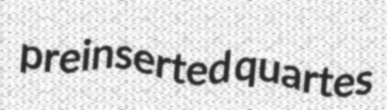
preinserted quartes